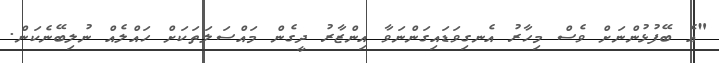
"އެ ބޭފުޅުންނަށް ވެސް މިހާރު އެނގިވަޑައިގަންނަވާ އިންޒާރު ދީގެން މައްސަލަތަކަށް ހައްލެއް ނުލިބޭނެކަން.